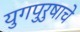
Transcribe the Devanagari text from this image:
युगपुरुषाचे